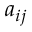
a _ { i j }